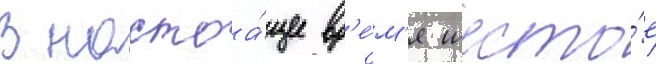
В настоа́щее вр'е́м'я шесто́е